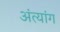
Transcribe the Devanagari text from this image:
अंत्यांग